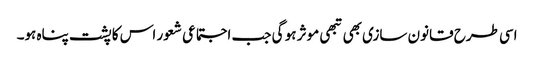
اسی طرح قانون سازی بھی تبھی موثر ہو گی جب اجتماعی شعور اس کا پشت پناہ ہو۔